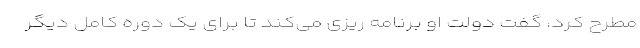
مطرح کرد، گفت دولت او برنامه ریزی می‌کند تا برای یک دوره کامل دیگر